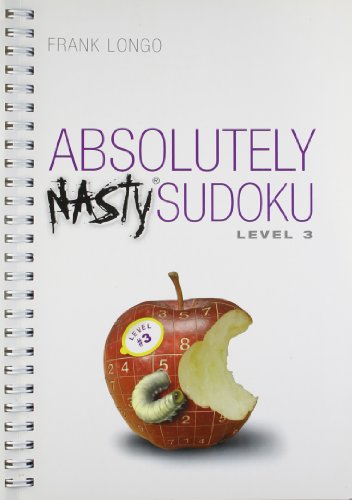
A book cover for Absolutely Nasty Sudoku Level 3; Frank Longo; Humor & Entertainment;